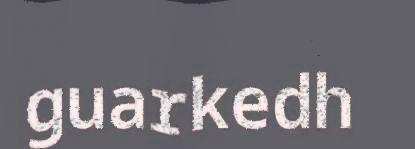
guarkedh